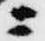
ニ